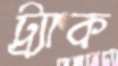
ট্র্যাক